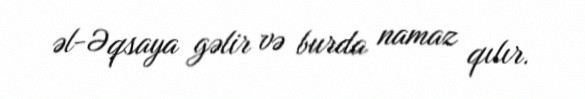
əl-Əqsaya gəlir və burda namaz qılır.